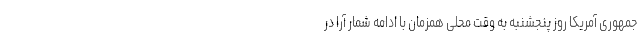
جمهوری آمریکا روز پنجشنبه به وقت محلی همزمان با ادامه شمار آرا در